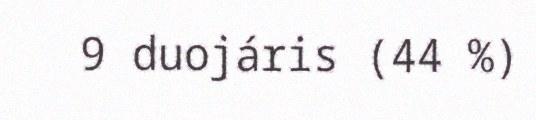
9 duojáris (44 %)